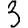
Digit: 3